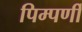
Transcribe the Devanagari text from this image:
पिम्पर्णी